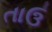
તાઉ